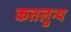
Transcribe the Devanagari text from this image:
कतलुन्य